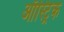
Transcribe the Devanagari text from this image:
ऑस्ट्रिक